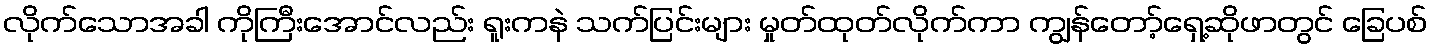
လိုက်သောအခါ ကိုကြီးအောင်လည်း ရူးကနဲ သက်ပြင်းများ မှုတ်ထုတ်လိုက်ကာ ကျွန်တော့်ရှေ့ဆိုဖာတွင် ခြေပစ်